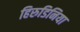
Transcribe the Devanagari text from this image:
हिरुडिनिया